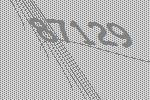
87129